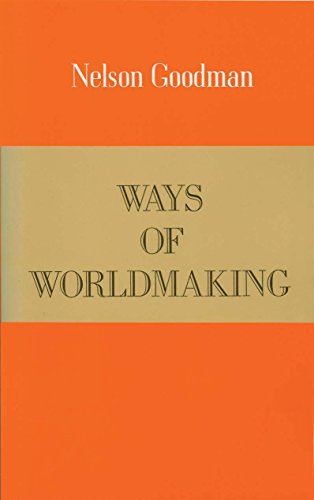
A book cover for Ways of Worldmaking; Nelson Goodman; Politics & Social Sciences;